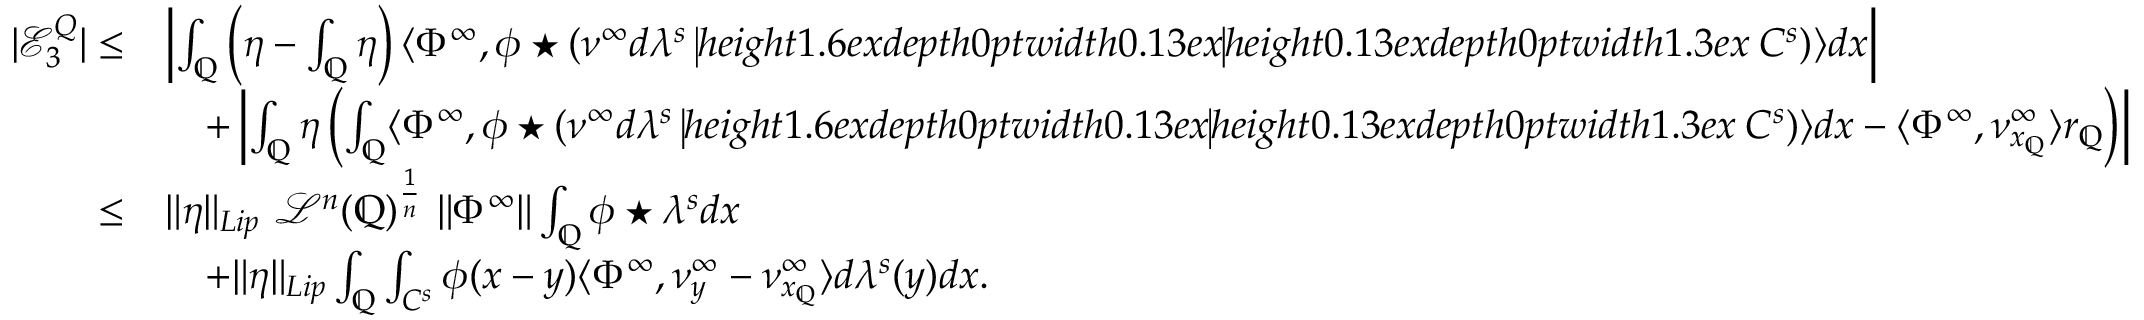
\begin{array} { r l } { | \mathcal { E } _ { 3 } ^ { Q } | \leq } & { \left| \int _ { \mathbb { Q } } \left( \eta - \int _ { \mathbb { Q } } \eta \right) \langle \Phi ^ { \infty } , \phi \star ( \nu ^ { \infty } d \lambda ^ { s } \mathbin { \vrule h e i g h t 1 . 6 e x d e p t h 0 p t w i d t h 0 . 1 3 e x \vrule h e i g h t 0 . 1 3 e x d e p t h 0 p t w i d t h 1 . 3 e x } C ^ { s } ) \rangle d x \right| } \\ & { \quad + \left| \int _ { \mathbb { Q } } \eta \left( \int _ { \mathbb { Q } } \langle \Phi ^ { \infty } , \phi \star ( \nu ^ { \infty } d \lambda ^ { s } \mathbin { \vrule h e i g h t 1 . 6 e x d e p t h 0 p t w i d t h 0 . 1 3 e x \vrule h e i g h t 0 . 1 3 e x d e p t h 0 p t w i d t h 1 . 3 e x } C ^ { s } ) \rangle d x - \langle \Phi ^ { \infty } , \nu _ { x _ { \mathbb { Q } } } ^ { \infty } \rangle r _ { \mathbb { Q } } \right) \right| } \\ { \leq } & { \| \eta \| _ { L i p } \ \mathcal { L } ^ { n } ( \mathbb { Q } ) ^ { \frac { 1 } { n } } \ \| \Phi ^ { \infty } \| \int _ { \mathbb { Q } } \phi \star \lambda ^ { s } d x } \\ & { \quad + \| \eta \| _ { L i p } \int _ { \mathbb { Q } } \int _ { C ^ { s } } \phi ( x - y ) \langle \Phi ^ { \infty } , \nu _ { y } ^ { \infty } - \nu _ { x _ { \mathbb { Q } } } ^ { \infty } \rangle d \lambda ^ { s } ( y ) d x . } \end{array}